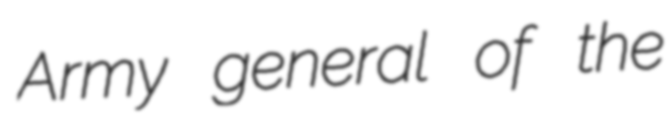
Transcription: Army general of the